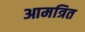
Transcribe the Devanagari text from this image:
आमत्रित